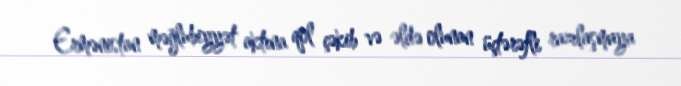
Ermənistan məğlubiyyət aktına qol çəkib və əldə olunan üçtərəfli razılaşmaya